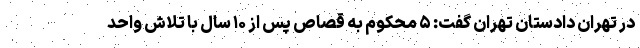
در تهران دادستان تهران گفت: ۵ محکوم به قصاص پس از ۱۰ سال با تلاش واحد